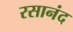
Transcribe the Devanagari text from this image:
रसानंद